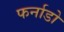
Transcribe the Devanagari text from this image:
फर्नाडो